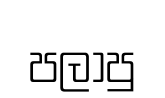
පලාපු